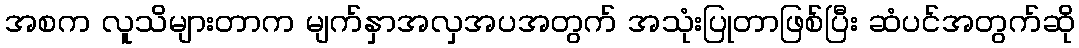
အစက လူသိများတာက မျက်နှာအလှအပအတွက် အသုံးပြုတာဖြစ်ပြီး ဆံပင်အတွက်ဆို